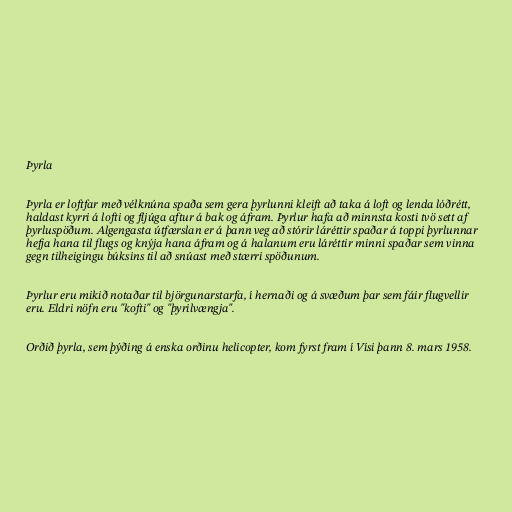
Þyrla

Þyrla er loftfar með vélknúna spaða sem gera þyrlunni kleift að taka á loft og lenda lóðrétt,
haldast kyrri á lofti og fljúga aftur á bak og áfram. Þyrlur hafa að minnsta kosti tvö sett af
þyrluspöðum. Algengasta útfærslan er á þann veg að stórir láréttir spaðar á toppi þyrlunnar
hefja hana til flugs og knýja hana áfram og á halanum eru láréttir minni spaðar sem vinna
gegn tilheigingu búksins til að snúast með stærri spöðunum.

Þyrlur eru mikið notaðar til björgunarstarfa, í hernaði og á svæðum þar sem fáir flugvellir
eru. Eldri nöfn eru "kofti" og "þyrilvængja".

Orðið þyrla, sem þýðing á enska orðinu helicopter, kom fyrst fram í Vísi þann 8. mars 1958.